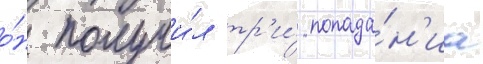
о́н получи́л тр'и́ попада́н'иа